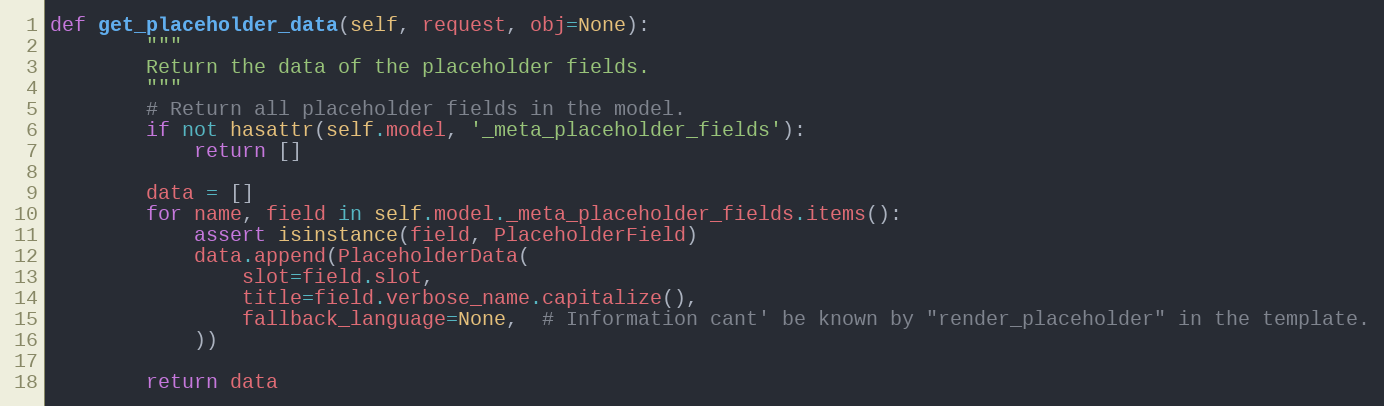
Language: Python
def get_placeholder_data(self, request, obj=None):
        """
        Return the data of the placeholder fields.
        """
        # Return all placeholder fields in the model.
        if not hasattr(self.model, '_meta_placeholder_fields'):
            return []

        data = []
        for name, field in self.model._meta_placeholder_fields.items():
            assert isinstance(field, PlaceholderField)
            data.append(PlaceholderData(
                slot=field.slot,
                title=field.verbose_name.capitalize(),
                fallback_language=None,  # Information cant' be known by "render_placeholder" in the template.
            ))

        return data